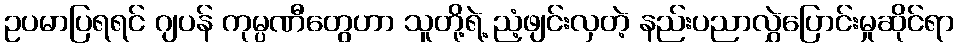
ဥပမာပြရရင် ဂျပန် ကုမ္ပဏီတွေဟာ သူတို့ရဲ့ ညံ့ဖျင်းလှတဲ့ နည်းပညာလွှဲပြောင်းမှုဆိုင်ရာ